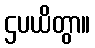
ဌပယိတွာ။